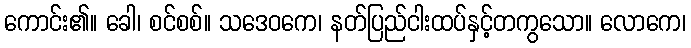
ကောင်း၏။ ခေါ၊ စင်စစ်။ သဒေဝကေ၊ နတ်ပြည်ငါးထပ်နှင့်တကွသော။ လောကေ၊